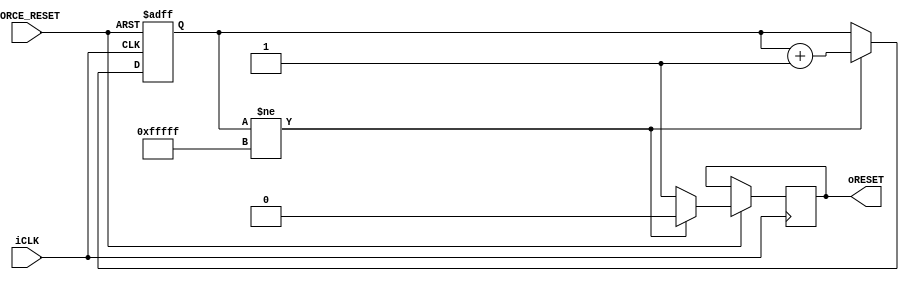
/* Este modulo foi alterado para receber um novo sinal de entrada, chamado FORCE_RESET. Este novo sinal tem por objetivo forcar o modulo
 * a repetir o processo realizado assim que o modulo eh instanciado, ou seja, colocar '0' na saida, aguardar alguns milissegundos e depois
 * colocar '1' de volta na saida. Essa saida eh utilizada para resetar o LCD (o LCD eh resetado toda vez que esse sinal faz uma transicao
 * negativa.
 */

module LCD_Reset_Delay( input iCLK, input FORCE_RESET, output reg oRESET);
reg    [19:0]    Cont = 0;

always@(posedge iCLK, negedge FORCE_RESET)
begin
    if (!FORCE_RESET) Cont <= 0; else begin //Se FORCE_RESET for ativado (a ativacao eh feita quando o FORCE_RESET estiver no nivel '0'),
	                                         //reiniciar o contador para que a saida do modulo fique um pequeno intervalo no nivel '0', antes de
														  //voltar pro nivel '1'
		 if(Cont!=20'hFFFFF)
		 begin
			  Cont    <=    Cont + 1'b1;
			  oRESET    <=    1'b0;
		 end
		 else
		 oRESET    <=    1'b1;
	 end
end

endmodule